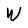
Character: W